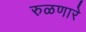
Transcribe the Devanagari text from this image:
रुळणारे